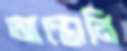
আন্তোনি